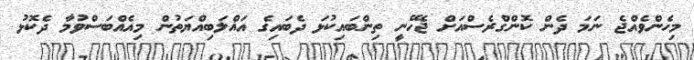
މިހެންވެއްޖެ ނަމަ ދެން ކޮންގްރެސްއަށް ޖެހޭނީ ތިންބައިކުޅަ ދެބައިގެ އަޣްލަބިއްޔަތުން މިއެއްބަސްވުމާ ދެކޮޅު